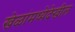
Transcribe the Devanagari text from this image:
खेळांमध्येदेखील